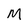
Character: M